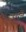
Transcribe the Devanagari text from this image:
उथने